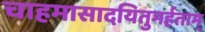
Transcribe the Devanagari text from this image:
चाहमासादयितुमर्हताम्‌